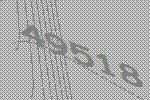
49518